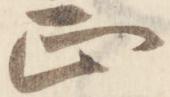
正